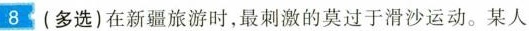
8(多选)在新疆旅游时，最刺激的莫过于滑沙运动。某人